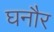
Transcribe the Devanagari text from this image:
घनौर